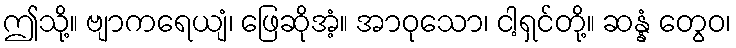
ဤသို့။ ဗျာကရေယျံ၊ ဖြေဆိုအံ့။ အာဝုသော၊ ငါ့ရှင်တို့။ ဆန္နံ တွေဝ၊